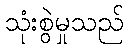
သုံးစွဲမှုသည်